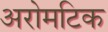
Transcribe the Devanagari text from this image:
अरोमटिक